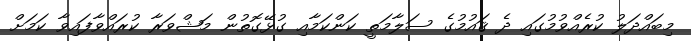
މިބައްދަލު ކުރެއްވުމުގައި ދެ ޤައުމުގެ ސަލާމަތީ ކަންކަމާއި ގުޅޭގޮތުން މަޝްވަރާ ކުރައްވާފައިވާ ކަމަށް